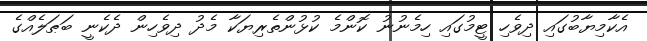
އެކާމިޔާބުގައި ދިވެހި ޓީމުގައި ހިމެނުނު ކޮންމެ ކުޅުންތެރިޔަކާ މެދު ދިވެހިން ދެކެނީ ބަޠަލެއްގެ